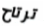
ترتاح